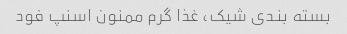
بسته بندی شیک، غذا گرم ممنون اسنپ فود